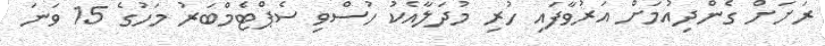
ރަށަށް ގެންދިއުމަށް އަރުވާފައި ހުރި މުދަލާއެކު ހުސްވި ސެޕްޓެމްބަރު މަހުގެ 15 ވަނަ